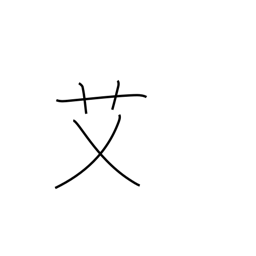
Meaning: wormwood